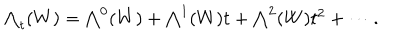
\textstyle \bigwedge _ { t } ( W ) = \bigwedge ^ { 0 } ( W ) + \bigwedge ^ { 1 } ( W ) t + \bigwedge ^ { 2 } ( W ) t ^ { 2 } + \cdots .